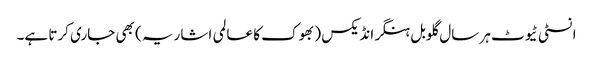
انسٹی ٹیوٹ ہر سال گلوبل ہنگر انڈیکس ( بھوک کا عالمی اشاریہ ) بھی جاری کرتا ہے۔